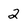
Character: 2